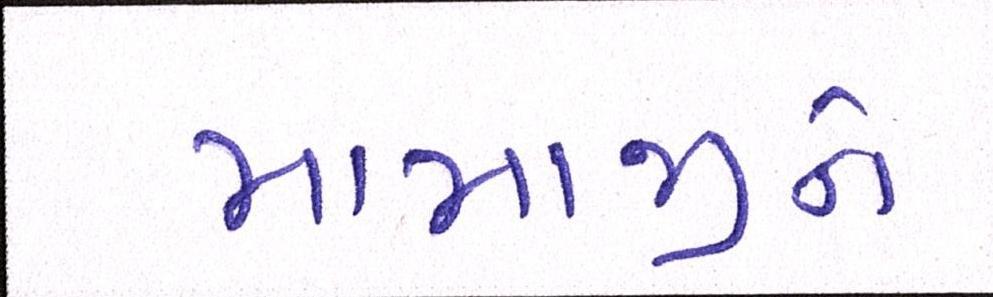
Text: મામાજીને